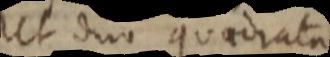
Ut duo quadrata